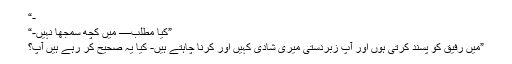
-“
”کیا مطلب— میں کچھ سمجھا نہیں-“
”میں رفیق کو پسند کرتی ہوں اور آپ زبردستی میری شادی کہیں اور کرنا چاہتے ہیں- کیا یہ صحیح کر رہے ہیں آپ؟